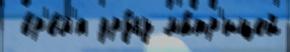
 вр'е́м'я дру́гу ма́тр'ицей